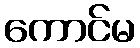
ကောင်မ